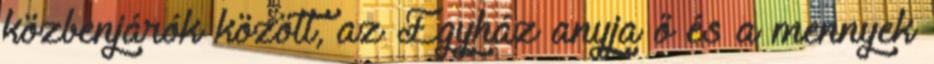
közbenjárók között, az Egyház anyja ő és a mennyek